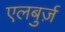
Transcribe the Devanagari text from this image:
एलबुर्ज़